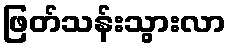
ဖြတ်သန်းသွားလာ